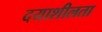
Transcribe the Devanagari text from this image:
दयाशीलता